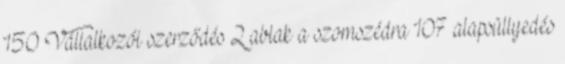
150 Vállalkozói szerződés 2 ablak a szomszédra 107 alapsüllyedés